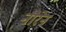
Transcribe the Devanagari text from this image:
नौरेन